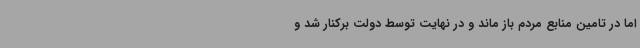
اما در تامین منابع مردم باز ماند و در نهایت توسط دولت برکنار شد و